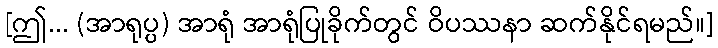
[ဤ... (အာရုပ္ပ) အာရုံ အာရုံပြုခိုက်တွင် ဝိပဿနာ ဆက်နိုင်ရမည်။]